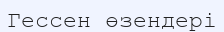
Гессен өзендері